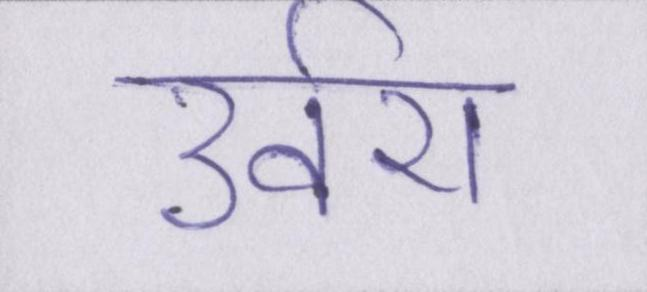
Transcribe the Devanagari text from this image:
उर्वरा